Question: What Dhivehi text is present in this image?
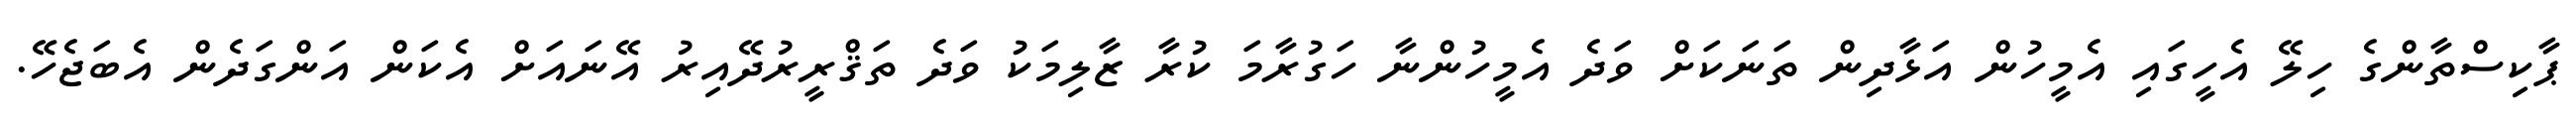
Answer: ޕާކިސްތާންގެ ހިލޭ އެހީގައި އެމީހުން އަޅާދިން ތަނަކަށް ވަދެ އެމީހުންނާ ހަގުރާމަ ކުރާ ޒާލިމަކު ވަދެ ތަޤްރީރުދޭއިރު އޭނައަށް އެކަން އަންގަދެން އެބަޖެހޭ.